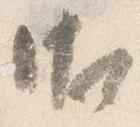
御